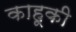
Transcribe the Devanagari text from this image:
काहूकी